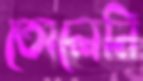
তোলেনি